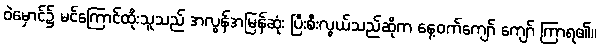
ဝဲမှောင်၌ မင်ကြောင်ထိုးသူသည် အလွန်အမြန်ဆုံး ပြီးစီးလွယ်သည်ဆိုက နေ့ဝက်ကျော် ကျော် ကြာရ၏။